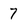
Character: 7